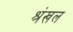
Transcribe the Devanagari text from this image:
श्रंखल